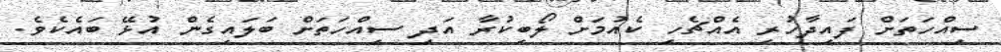
ސިއްހަތަށް ފައިދާހުރި އެއްޗެހި ކެއުމަށް ލޯބިކުރާ އަދި ސިއްހަތަށް ބަލައިގެން އުޅޭ ބައެކެވެ.